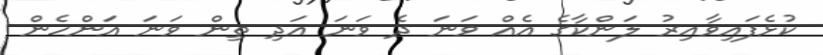
ކުޅެފައިވާއިރު ލަންކާގެ އެއް ވަނަ ދެ ވަނަ އަދި ތިން ވަނަ އަންހެން